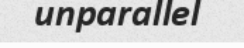
unparallel